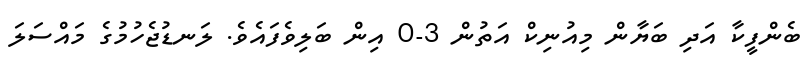
ބެންފީކާ އަދި ބަޔާން މިއުނިކް އަތުން 3-0 އިން ބަލިވެފައެވެ. ލަނޑުޖެހުމުގެ މައްސަލަ